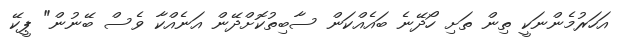
އަހަރުމެންނަކީ ތިން ތަށި ހޯދޭނެ ބައެއްކަން ސާބިތުކޮށްދޭން އަނެއްކާ ވެސް ބޭނުން" ޕީކޭ